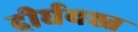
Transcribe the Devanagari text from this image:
दीर्घवश्त